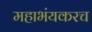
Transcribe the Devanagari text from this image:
महाभंयकरच